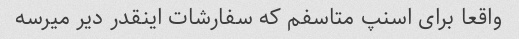
واقعا برای اسنپ متاسفم که سفارشات اینقدر دیر میرسه